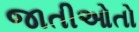
જાતીઓતો